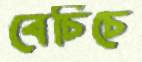
বেচিচে